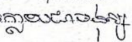
ក្លាយជាមនុស្ស